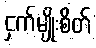
ငှက်မျိုးစိတ်